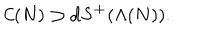
{ \cal C } ( N ) \supset \mathbf { d S ^ { + } } ( \Lambda ( N ) ) .